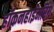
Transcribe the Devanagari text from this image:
हॉकनहाईमरिंग